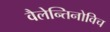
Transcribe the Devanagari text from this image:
वैलेन्तिनोविच